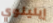
إيلينوي